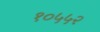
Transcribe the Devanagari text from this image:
१०५५२